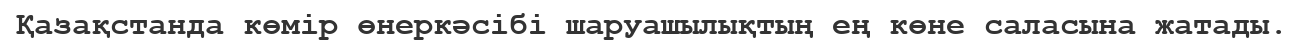
Қазақстанда көмір өнеркәсібі шаруашылықтың ең көне саласына жатады.